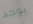
يوجد